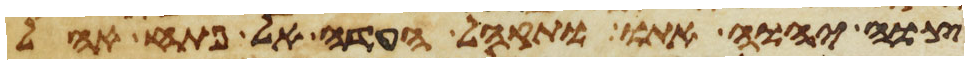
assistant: צוה יהוה אתו ותקהל העדה אל פתח אהל